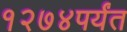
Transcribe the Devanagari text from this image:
१२७४पर्यंत